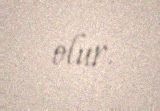
olur.